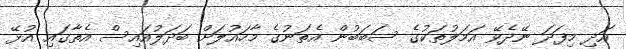
އަދި މިފަދަ ނޭދެވޭ އަމަލުތަކުގެ ސަބަބުން އެތަނުގެ މާހައުލަށް ބަދަލުއައިސް އެތާގައި އުޅޭ